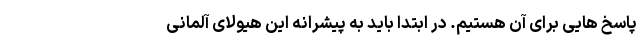
پاسخ هایی برای آن هستیم. در ابتدا باید به پیشرانه این هیولای آلمانی